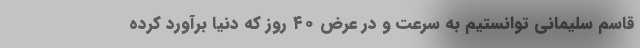
قاسم سلیمانی توانستیم به سرعت و در عرض ۴۰ روز که دنیا برآورد کرده